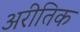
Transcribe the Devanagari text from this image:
अरीतिक